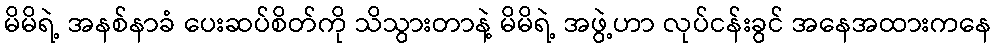
မိမိရဲ့ အနစ်နာခံ ပေးဆပ်စိတ်ကို သိသွားတာနဲ့ မိမိရဲ့ အဖွဲ့ဟာ လုပ်ငန်းခွင် အနေအထားကနေ